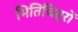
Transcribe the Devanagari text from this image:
भितिचित्रों